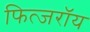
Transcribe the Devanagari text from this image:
फित्जरॉय